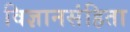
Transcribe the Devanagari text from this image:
विज्ञानसंहिता